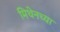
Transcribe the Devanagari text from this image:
मिथेनच्या